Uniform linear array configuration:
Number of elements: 16
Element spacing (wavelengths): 1
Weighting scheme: hann
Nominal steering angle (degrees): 15
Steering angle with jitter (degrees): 13.401
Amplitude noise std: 0.05
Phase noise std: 0.05

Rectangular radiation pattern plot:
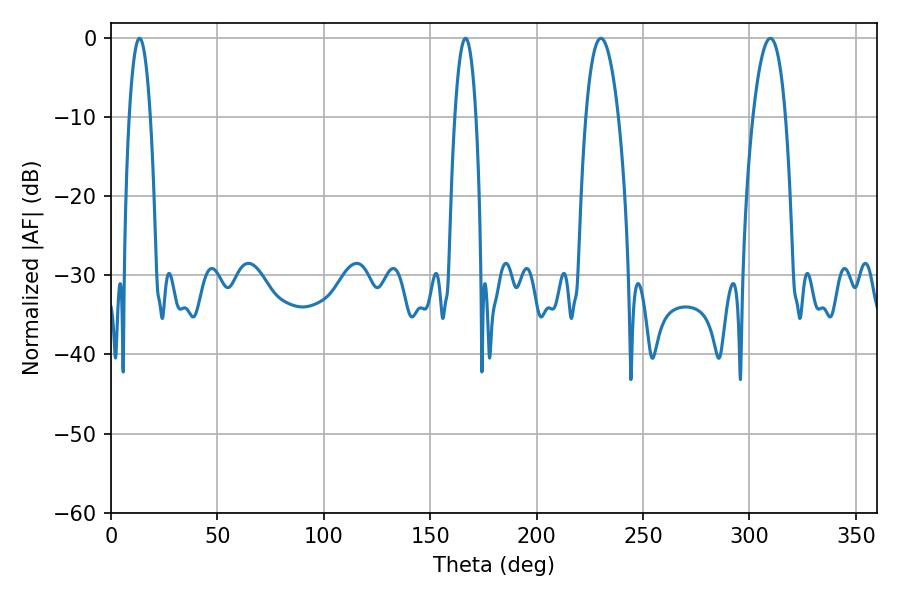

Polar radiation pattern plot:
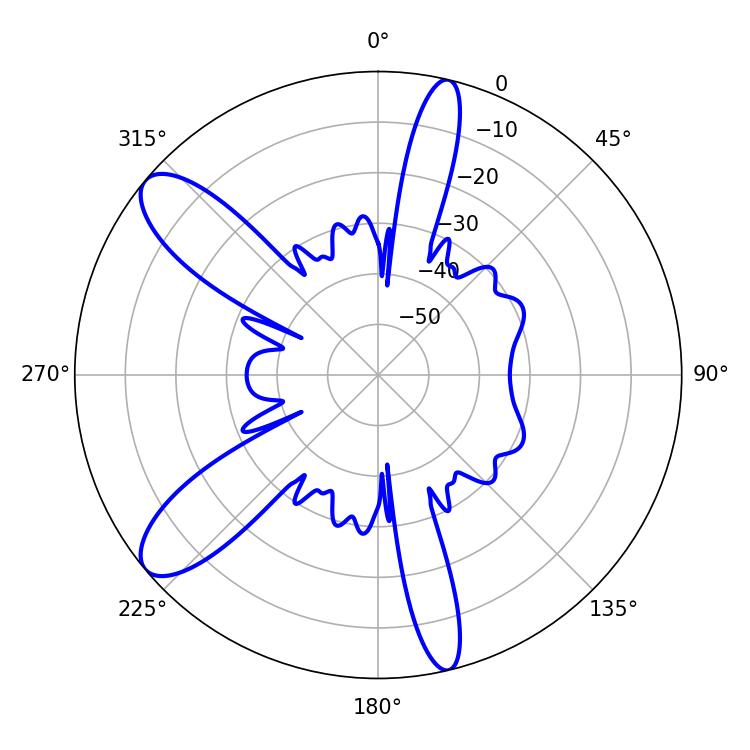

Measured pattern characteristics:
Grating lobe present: TRUE
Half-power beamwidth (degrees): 8.46
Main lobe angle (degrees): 309.78